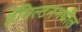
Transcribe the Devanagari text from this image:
हॅमिल्टनमधील